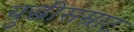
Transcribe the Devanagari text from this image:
बुद्धीसम्राट